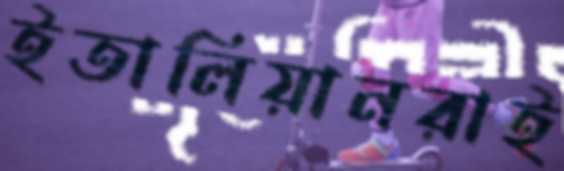
ইতালিয়ানরাই